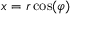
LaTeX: x = r \cos ( \varphi )